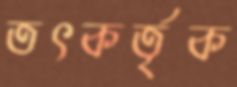
তৎকর্তৃক